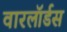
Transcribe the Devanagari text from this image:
वारलॉर्डस